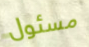
مسئول